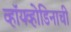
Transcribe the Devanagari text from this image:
व्हॉयव्होडिनाची